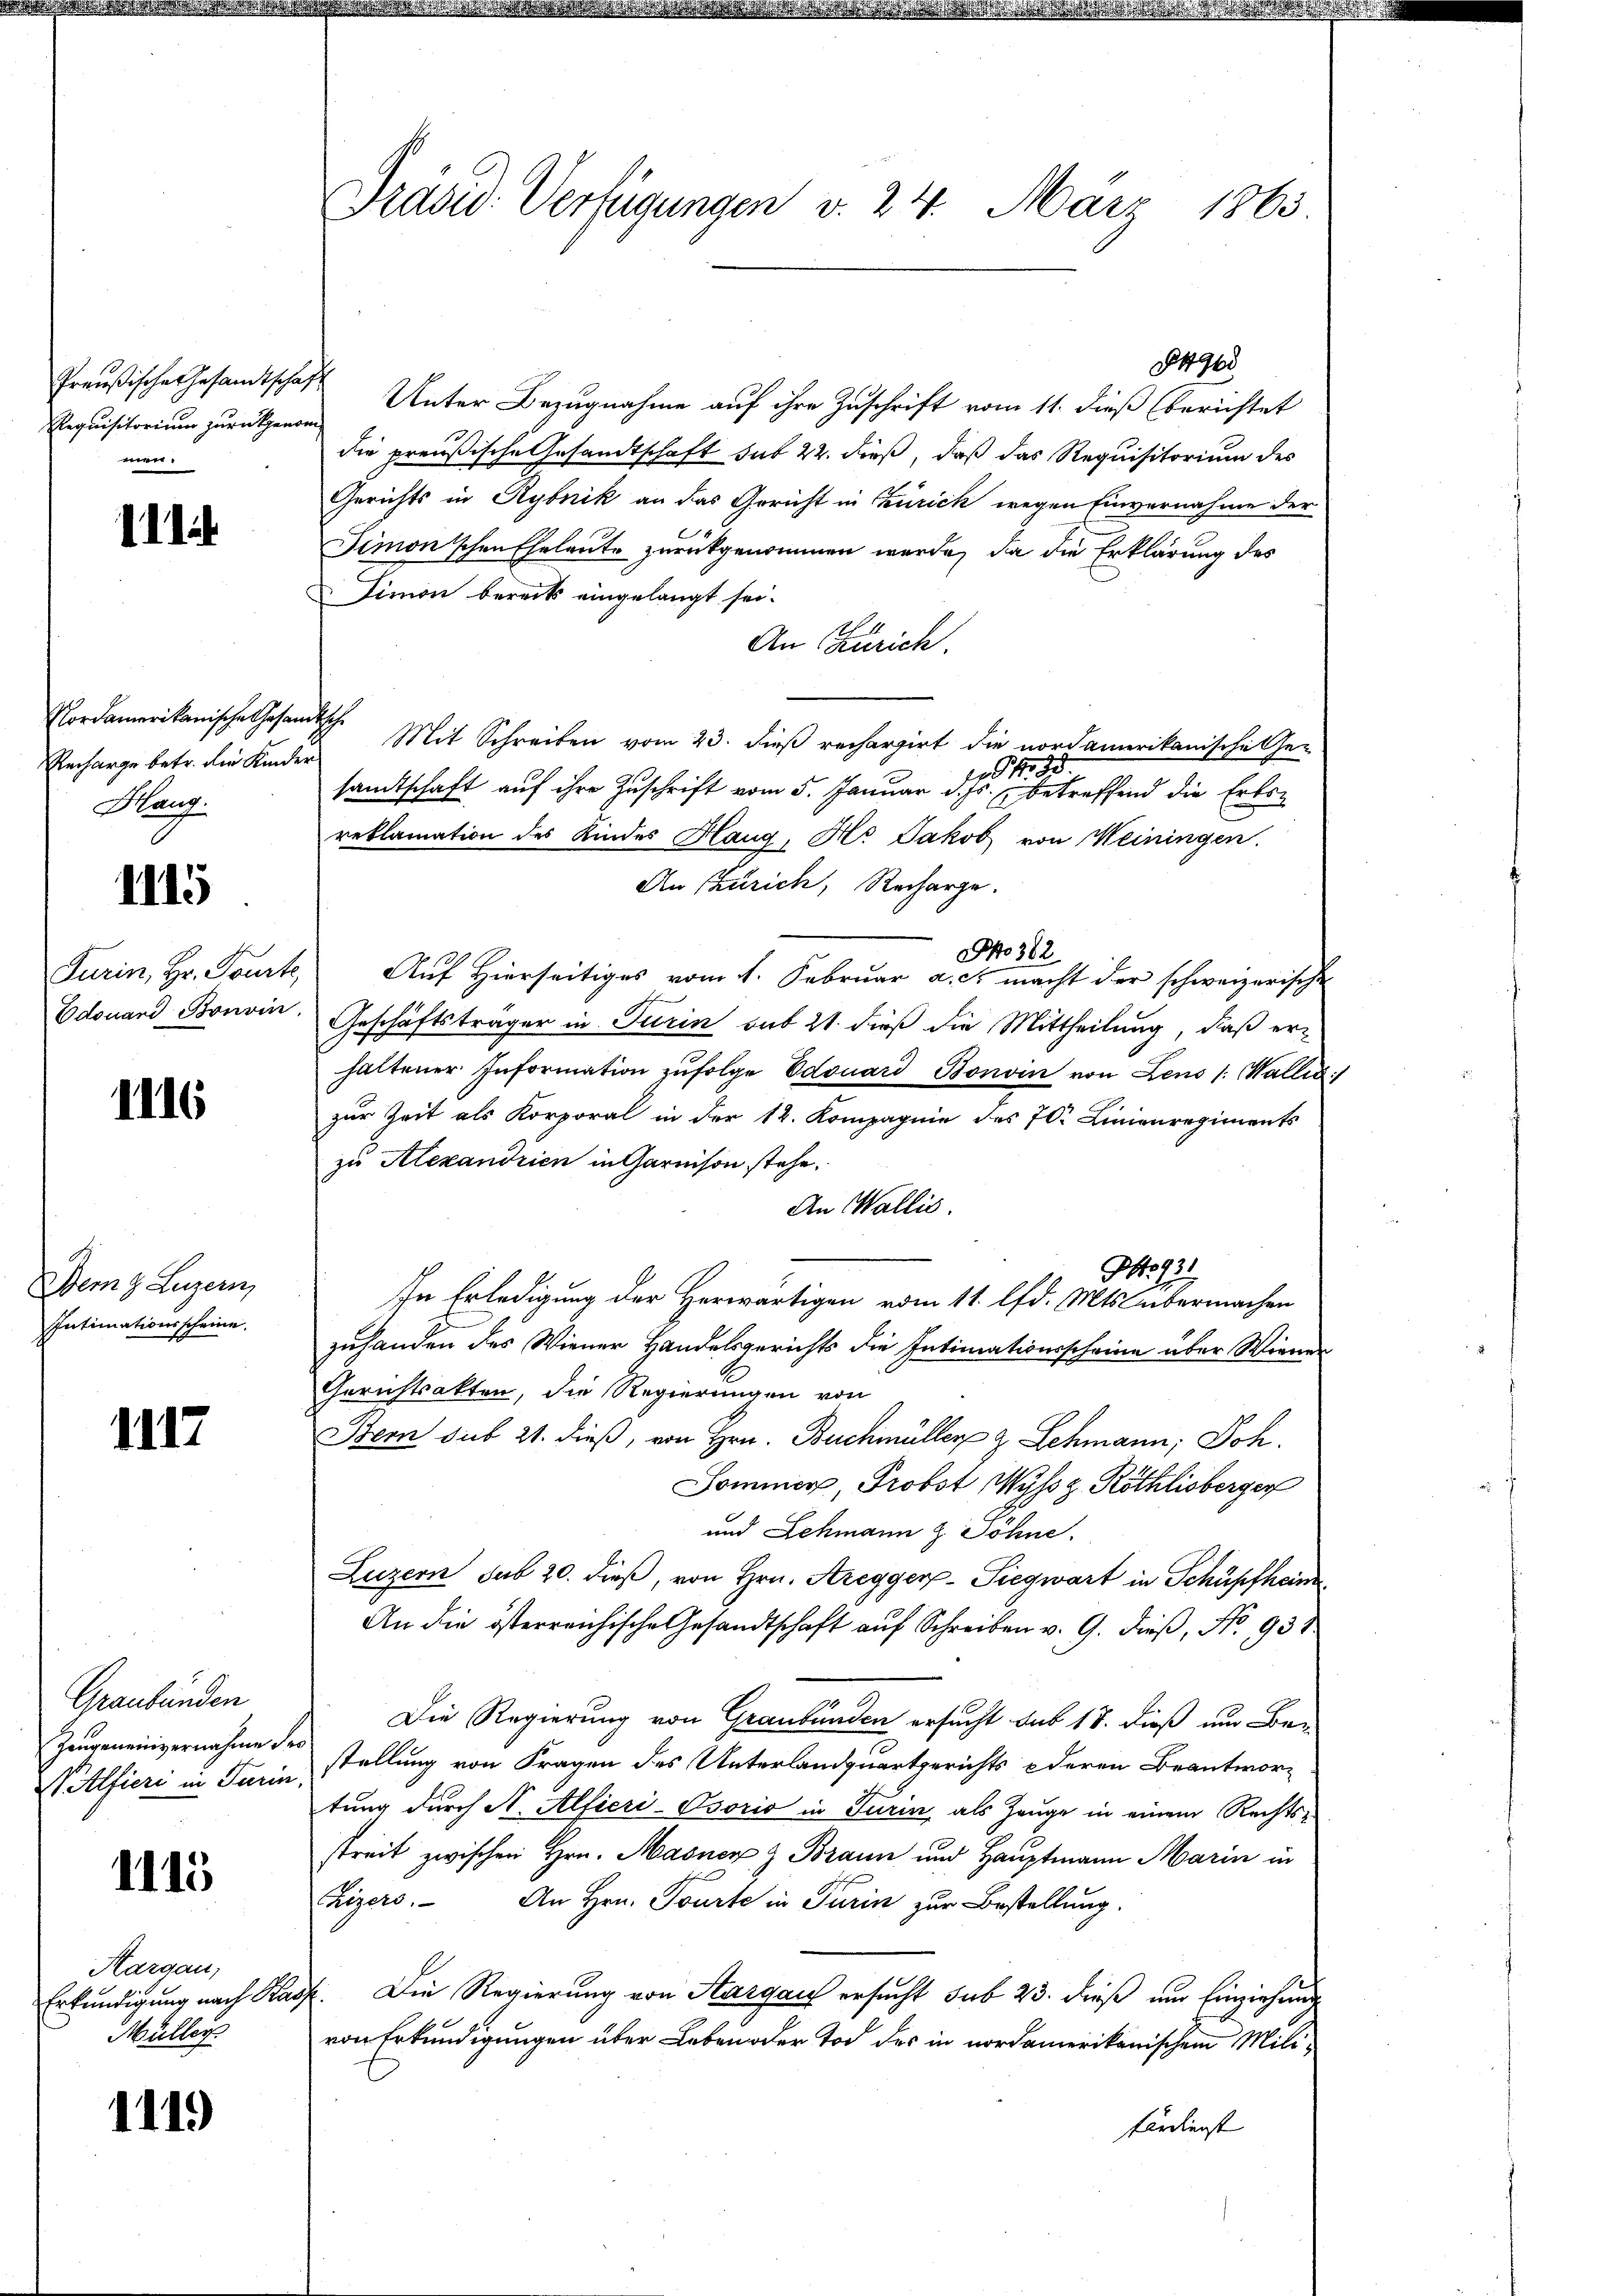
Preußische Gesandtschaft
Requisitorium zurückgenommen:

111

Nordamerikanische Gesandtsche
Recharge betr. die Kinder
Hauf

1115

Edouard Bonvin.

III6

Dem Luzern,
Intimationsscheine.

1117

Graubünden
Zeugeneinvernahme des
Wilfieri in Paris

1115

Aargau,
Müller

1119

Präsid. Verfügungen v. 24. März 1863.

No. 4900
Unter Bezugnahme auf ihre Zuschrift vom 11. dieß (berichtet
die preußische Gesandtschaft sub 22. dieß, daß das Requisitorium des
Gerichts in Rybnik an das Gericht in Zürich wegen Einvernahme der
Simonischen Eheleute zurückgenommen wurde, da die Erklärung des
Limon bereits eingelangt sei.
An Zürich.
Mit Schreiben vom 23. dieß rechargirt die nordamerikanische Ge-
j d. 30.
sandtschaft auf ihre Zuschrift vom 5. Januar d. Js. betreffend die Erbs-
reklamation des Kindes Haug, Als Jakob von Weiningen.
An Zürich, Recharge.
No 382
Turin, Hr. Tourte Aŭf Hierseitiges vom 4. Febrŭar a. c. macht der schweizerische
Geschäftsträger in Turin auf 21 dieß die Mittheilung, daß erhaltener Information zŭfolge Edouard Bonvin von Lens 1. Wallis
zur Zeit als Korporal in der 12. Kompagnie des 70. Linienregiments
zu Alexandrien in Garnison stehe.
An Wallis.
293
In Erledigung der Herwärtigen vom 11. lfd. Mts. übermachen
zuhanden des Wiener Handelsgerichts die Intimationsscheine über Wiener
Gerichtsakten, die Regierungen von
Bern sub 21. dieß, von Hrn. Buchmüller & Schmann, Joh.
Sommer, Probst Wyss z. Röthlisberger
und Schmann & Söhne.
Luzern sub 20. dieß, von Hrn. Aregger-Siegwart in Schüpfheim
An die österreichische Gesandtschaft aŭf Schreiben v. 9. dieβ, No. 951
Die Regierung von Graubünden ersucht das 18. dieß um Be-
stellung von Fragen des Unterlandquartgerichts deren Beantwortung durch A. Alfieri-Osorio in Turin, als Zeuge in einem Rechts-
streit zwischen Hrn. Masner z Braun und Hauptmann Marin in
Zizers. An Hrn. Tourte in Turin zur Bestellung.
Erkundigung nach Kauf. Die Regierung von Aargau ersucht sub 23. dieß nur Einziehung
von Erkundigungen über Leben oder Tod des in nordamerikanischen Milifärdienst